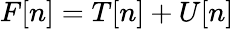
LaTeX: F[n]=T[n]+U[n]